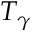
T _ { \gamma }